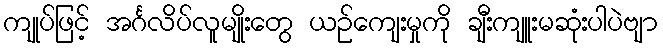
ကျုပ်ဖြင့် အင်္ဂလိပ်လူမျိုးတွေ ယဉ်ကျေးမှုကို ချီးကျူးမဆုံးပါပဲဗျာ